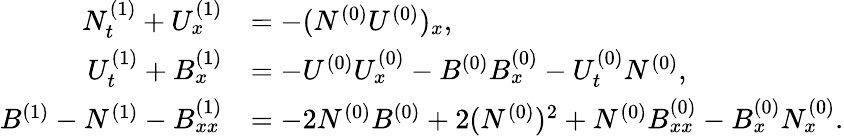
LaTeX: \begin{array}{rl}{N_{t}^{(1)}+U_{x}^{(1)}}&{=-(N^{(0)}U^{(0)})_{x},}\\ {U_{t}^{(1)}+B_{x}^{(1)}}&{=-U^{(0)}U_{x}^{(0)}-B^{(0)}B_{x}^{(0)}-U_{t}^{(0)}N^{(0)},}\\ {B^{(1)}-N^{(1)}-B_{xx}^{(1)}}&{=-2N^{(0)}B^{(0)}+2(N^{(0)})^{2}+N^{(0)}B_{xx}^{(0)}-B_{x}^{(0)}N_{x}^{(0)}.}\end{array}